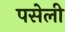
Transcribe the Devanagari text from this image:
पसेली